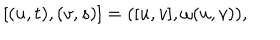
LaTeX: [ ( u , t ) , ( v , s ) ] = ( [ u , v ] , \omega ( u , v ) ) ,